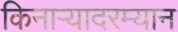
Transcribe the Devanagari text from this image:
किनाऱ्यादरम्यान